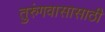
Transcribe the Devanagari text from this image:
तुरुंगवासासाठी